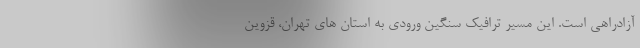
آزادراهی است. این مسیر ترافیک سنگین ورودی به استان های تهران، قزوین